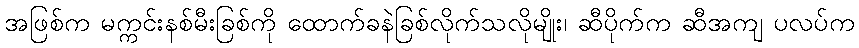
အဖြစ်က မက္ကင်းနစ်မီးခြစ်ကို ထောက်ခနဲခြစ်လိုက်သလိုမျိုး၊ ဆီပိုက်က ဆီအကျ ပလပ်က